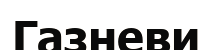
Газневи